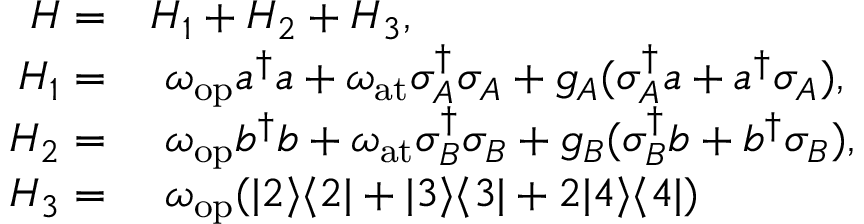
\begin{array} { r l } { H = } & { { } H _ { 1 } + H _ { 2 } + H _ { 3 } , } \\ { H _ { 1 } = } & { { } ~ \omega _ { \mathrm { o p } } a ^ { \dagger } a + \omega _ { \mathrm { a t } } \sigma _ { A } ^ { \dagger } \sigma _ { A } + g _ { A } ( \sigma _ { A } ^ { \dagger } a + a ^ { \dagger } \sigma _ { A } ) , } \\ { H _ { 2 } = } & { { } ~ \omega _ { \mathrm { o p } } b ^ { \dagger } b + \omega _ { \mathrm { a t } } \sigma _ { B } ^ { \dagger } \sigma _ { B } + g _ { B } ( \sigma _ { B } ^ { \dagger } b + b ^ { \dagger } \sigma _ { B } ) , } \\ { H _ { 3 } = } & { { } ~ \omega _ { \mathrm { o p } } ( | 2 \rangle \langle 2 | + | 3 \rangle \langle 3 | + 2 | 4 \rangle \langle 4 | ) } \end{array}